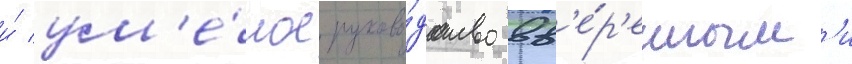
и́ ум'е́лое руково́дство вв'е́р'енным'и